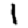
Digit: 1